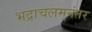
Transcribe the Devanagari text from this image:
भद्राचलम्‌नंतर